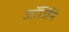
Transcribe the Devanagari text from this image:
जॉर्जिने